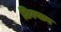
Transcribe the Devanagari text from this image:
छिल्यान